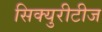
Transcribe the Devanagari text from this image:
सिक्युरीटीज